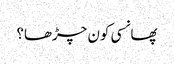
پھانسی کون چڑھا؟